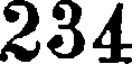
234